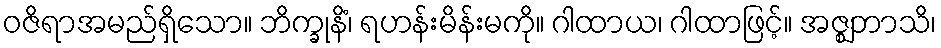
ဝဇိရာအမည်ရှိသော။ ဘိက္ခုနိံ၊ ရဟန်းမိန်းမကို။ ဂါထာယ၊ ဂါထာဖြင့်။ အဇ္ဈဘာသိ၊